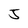
Character: J